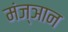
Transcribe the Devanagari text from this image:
मंज्ञान